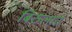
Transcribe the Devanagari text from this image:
बिठलाते